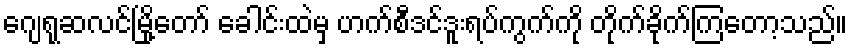
ဂျေရုဆလင်မြို့တော် ခေါင်းထဲမှ ဟက်စီဒင်ဒူးရပ်ကွက်ကို တိုက်ခိုက်ကြတော့သည်။